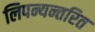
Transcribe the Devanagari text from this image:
लिपन्यन्तरित